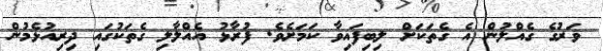
ވަރުގެ ގެއްލުން އެ ގެތަކަށް ލިބިފައިވާ ކަމަށެވެ. ފުރާޅު އެއްލާލި ގެތަކުގައި ދިރިއުޅެމުން